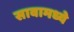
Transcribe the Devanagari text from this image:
सावामध्ये